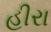
હીરા